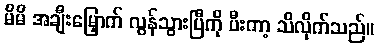
မိမိ အချီးမြှောက် လွန်သွားပြီကို ပီးကာ့ သိလိုက်သည်။